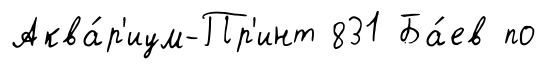
Аква́р'иум-Пр'инт 831 Ба́ев по